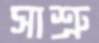
সাশ্রু